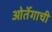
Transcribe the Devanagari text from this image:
ओर्तेगाची